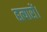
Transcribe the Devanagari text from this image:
हत्यारों।